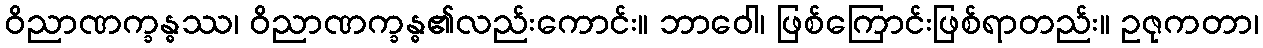
ဝိညာဏက္ခန္ဓဿ၊ ဝိညာဏက္ခန္ဓ၏လည်းကောင်း။ ဘာဝေါ၊ ဖြစ်ကြောင်းဖြစ်ရာတည်း။ ဥဇုကတာ၊